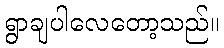
ရွာချပါလေတော့သည်။